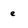
Character: e